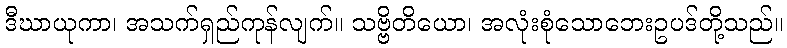
ဒီဃာယုကာ၊ အသက်ရှည်ကုန်လျက်။ သဗ္ဗိတိယော၊ အလုံးစုံသောဘေးဥပဒ်တို့သည်။